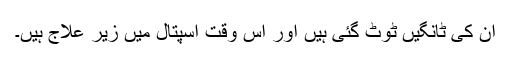
ان کی ٹانگیں ٹوٹ گئی ہیں اور اس وقت اسپتال میں زیر علاج ہیں۔